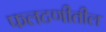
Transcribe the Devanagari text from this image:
फलटणीतील